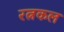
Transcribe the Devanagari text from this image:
रत्नकल